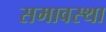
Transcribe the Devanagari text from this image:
समावस्था